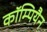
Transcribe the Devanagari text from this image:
कॉम्पियैन